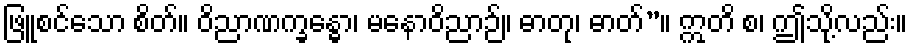
ဖြူစင်သော စိတ်။ ဝိညာဏက္ခန္ဓော၊ မနောဝိညာဉ်။ ဓာတု၊ ဓာတ်”။ ဣတိ စ၊ ဤသို့လည်း။